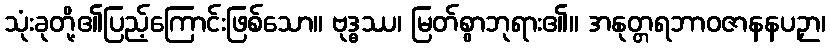
သုံးခုတို့၏ပြည့်ကြောင်းဖြစ်သော။ ဗုဒ္ဓဿ၊ မြတ်စွာဘုရား၏။ အနုတ္တရဘာဝဇာနနပဉှာ၊